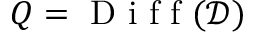
Q = \mathrm { ~ D ~ i ~ f ~ f ~ } ( \mathcal { D } )